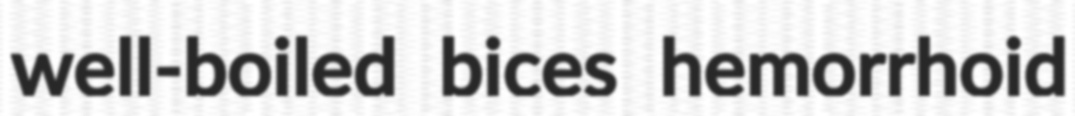
well-boiled bices hemorrhoid